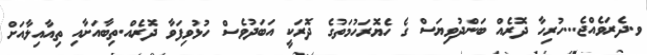
ވ.ދެރަވެއްޖެ...ހުރިހާ ދޮރެއް ބަންދުވިޔަސް ގެ ހެޔޮރަހުމަތުގެ ދޮރަކީ އަބަދުވެސް ހުޅުވިފަވާ ދޮރެއް.ތިބާއަށާއި ތިއާއިލާއަށް